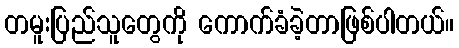
တမူးပြည်သူတွေကို ကောက်ခံခဲ့တာဖြစ်ပါတယ်။